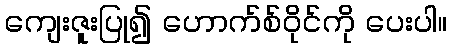
ကျေးဇူးပြု၍ ဟောက်စ်ဝိုင်ကို ပေးပါ။